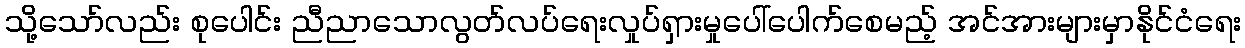
သို့သော်လည်း စုပေါင်း ညီညာသောလွတ်လပ်ရေးလှုပ်ရှားမှုပေါ်ပေါက်စေမည့် အင်အားများမှာနိုင်ငံရေး